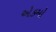
એકમો